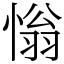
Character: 慃